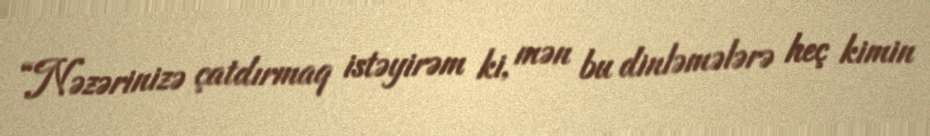
“Nəzərinizə çatdırmaq istəyirəm ki, mən bu dinləmələrə heç kimin